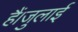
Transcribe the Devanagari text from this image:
हैं।जुलाई